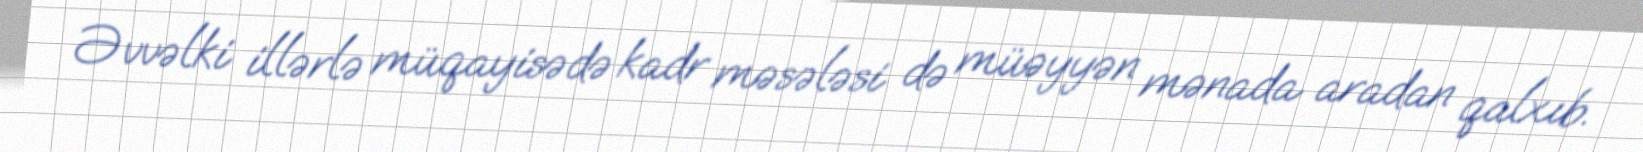
Əvvəlki illərlə müqayisədə kadr məsələsi də müəyyən mənada aradan qalxıb.